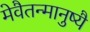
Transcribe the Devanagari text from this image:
मेवैतन्मानुष्यै